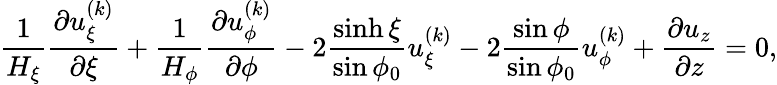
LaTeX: \frac{1}{H_{\xi}}\frac{\partial u_{\xi}^{(k)}}{\partial\xi}+\frac{1}{H_{\phi}}\frac{\partial u_{\phi}^{(k)}}{\partial\phi}-2\frac{\sinh\xi}{\sin\phi_{0}}u_{\xi}^{(k)}-2\frac{\sin\phi}{\sin\phi_{0}}u_{\phi}^{(k)}+\frac{\partial u_{z}}{\partial z}=0,